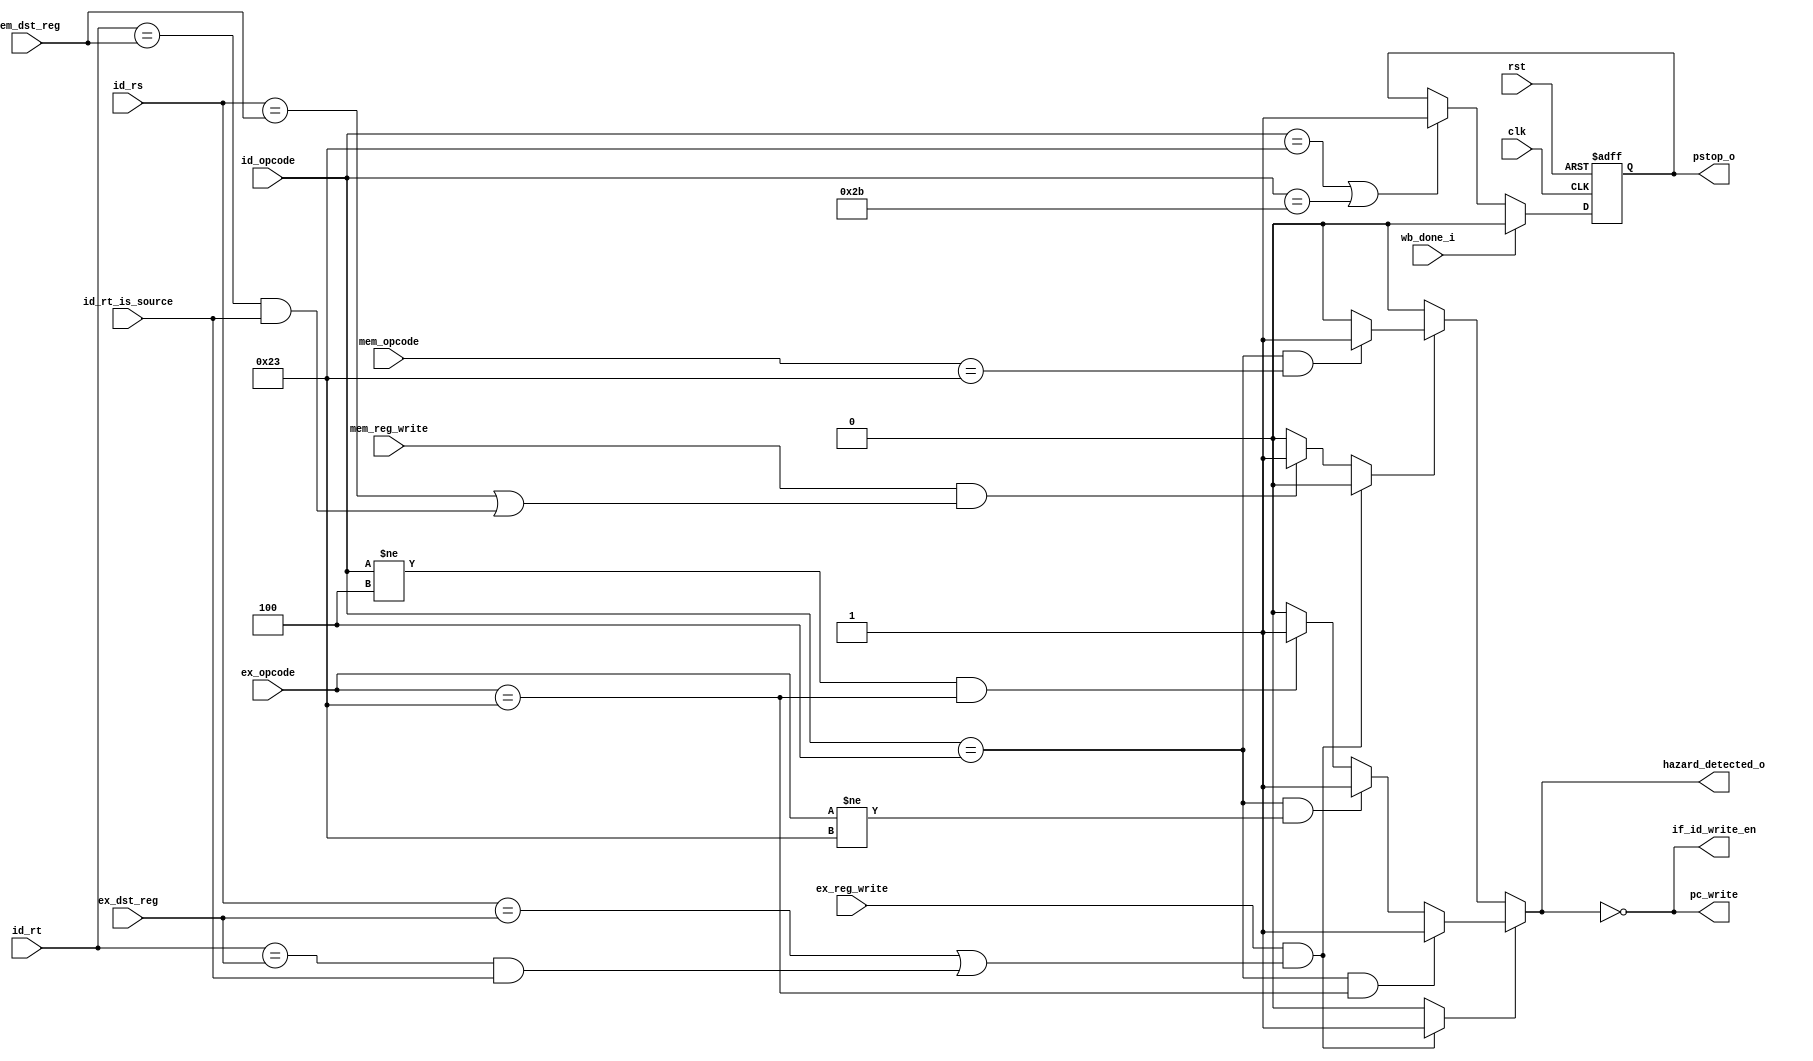
`timescale 1ns / 1ps

module hazard_unit( input       clk,       //     isn't needed for now
                    input       rst,       //     isn't needed for now
                    input [4:0] ex_dst_reg,
                    input [4:0] mem_dst_reg,
                    input [4:0] id_rs,
                    input [4:0] id_rt,	

                    input wb_done_i,
                    
                    output pstop_o,

                    input [5:0] mem_opcode, 
                    input [5:0] ex_opcode, 
                    input [5:0] id_opcode,
                    
                    input       id_rt_is_source,
                    input       ex_reg_write,
                    input       mem_reg_write,
                    
                    output      pc_write,
                    output      if_id_write_en,
                    output      hazard_detected_o );

     localparam     LW  = 6'b100011, 
                    SW  = 6'b101011,
                    BEQ = 6'b000100;

     assign pc_write       = ~hazard_detected_o;
     assign if_id_write_en = ~hazard_detected_o;
     
     reg mem_wait_r;
     reg hazard_detected;
     
     assign hazard_detected_o = hazard_detected;
     
     assign pstop_o = mem_wait_r;
     
     always@(posedge clk, posedge rst) begin
        if(rst)  
            mem_wait_r = 0;
        else if (wb_done_i)
            mem_wait_r = 0;
        else if (id_opcode == LW || id_opcode == SW)
            mem_wait_r = (id_opcode == LW || id_opcode == SW);
     end
     
     reg [1:0] coincidence;
   
     always @* begin
          coincidence = 0;

          if (ex_reg_write && ( (id_rs == ex_dst_reg) | ( (id_rt == ex_dst_reg) && id_rt_is_source)))
               coincidence[0] = 1'b1;
          else if (mem_reg_write && ( (id_rs == mem_dst_reg) | ( (id_rt == mem_dst_reg) && id_rt_is_source)))
               coincidence[1] = 1'b1;        
     end

     always @* begin
          hazard_detected = 0;
        
          if (coincidence [0]) begin
               if ( id_opcode == BEQ && ex_opcode == LW )
                    hazard_detected = 1;
               else if ( id_opcode == BEQ && ex_opcode != LW)
                    hazard_detected = 1;
               else if ( id_opcode != BEQ && ex_opcode == LW)
                    hazard_detected = 1;             
          end
          else if (coincidence [1]) begin
               if (id_opcode == BEQ && mem_opcode == LW)
                    hazard_detected = 1;             
          end
     end
     
endmodule